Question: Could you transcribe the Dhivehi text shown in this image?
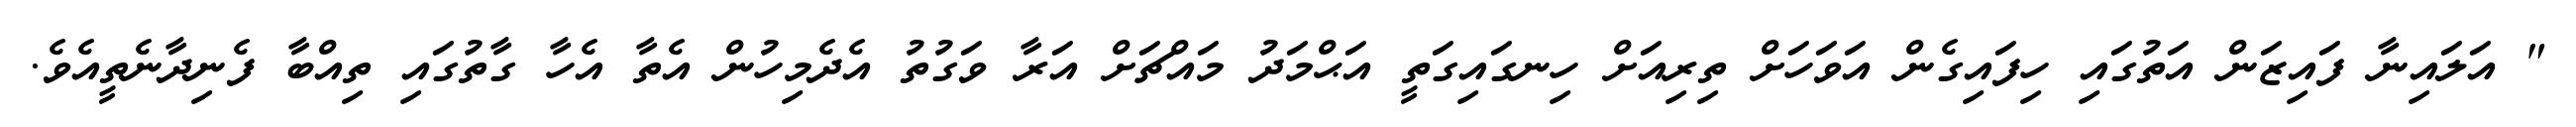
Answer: " އަލައިނާ ފައިޒަން އަތުގައި ހިފައިގެން އަވަހަށް ތިރިއަށް ހިނގައިގަތީ އަޙްމަދު މައްޗަށް އަރާ ވަގުތު އެދެމިހުން އެތާ އެހާ ގާތުގައި ތިއްބާ ފެނިދާނެތީއެވެ.